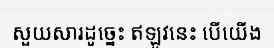
សួយសារដូច្នេះ ឥឡូវនេះ បើយើង